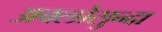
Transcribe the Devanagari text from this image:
अवलोसुन्दा